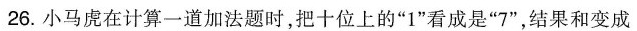
26.小马虎在计算一道加法题时，把十位上的”1”看成是”7”，结果和变成